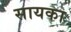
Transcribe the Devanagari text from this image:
सायका